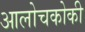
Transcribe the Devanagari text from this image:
आलोचकोकी